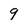
Character: 9